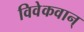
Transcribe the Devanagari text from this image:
विवेकवान्